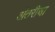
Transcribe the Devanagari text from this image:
अंतरीचा